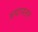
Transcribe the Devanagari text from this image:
रुपानतर